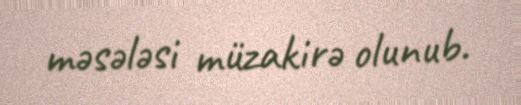
məsələsi müzakirə olunub.